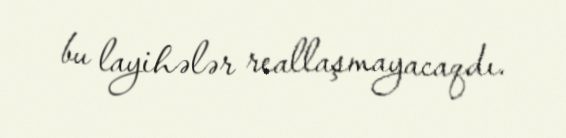
bu layihələr reallaşmayacaqdı.